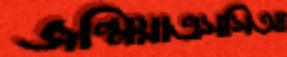
জন্মিয়াএসসিআ